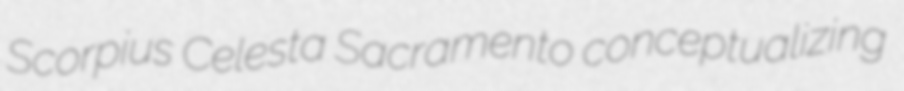
Scorpius Celesta Sacramento conceptualizing